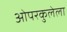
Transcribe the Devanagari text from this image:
ओपरकुलेला